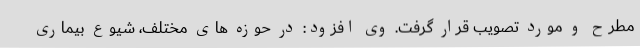
مطرح و مورد تصویب قرار گرفت. وی افزود: در حوزه های مختلف، شیوع بیماری